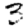
Digit: 3